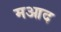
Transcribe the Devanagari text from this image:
मआद